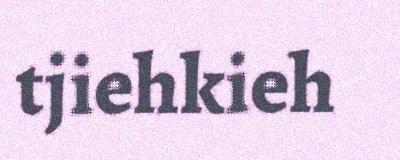
tjiehkieh